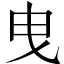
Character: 曳